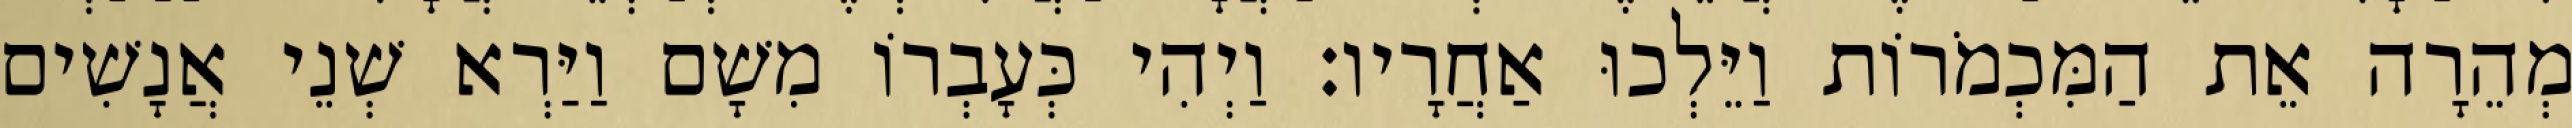
מְהֵרָה אֵת הַמִּכְמֹרוֹת וַיֵּלְכוּ אַחֲרָיו׃ וַיְהִי כְּעָבְרוֹ מִשָׁם וַיַּרְא שְׁנֵי אֲנָשִׁים